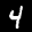
Label: 4